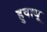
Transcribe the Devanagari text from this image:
हुवाधू